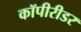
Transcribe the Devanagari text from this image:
कॉपीरीडर